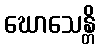
ဃောသေန္တိ